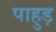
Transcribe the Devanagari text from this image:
पाहुड़